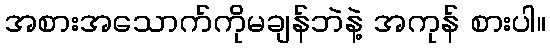
အစားအသောက်ကိုမချန်ဘဲနဲ့ အကုန် စားပါ။